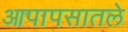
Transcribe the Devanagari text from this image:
आपापसातले